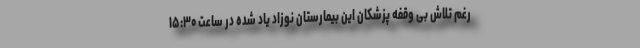
رغم تلاش بی وقفه پزشکان این بیمارستان نوزاد یاد شده در ساعت ۱۵:۳۰